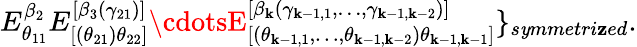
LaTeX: E_{\theta_{11}}^{\beta_{2}}E_{[(\theta_{21})\theta_{22}]}^{[\beta_{3}(\gamma_{21})]}\cdotsE_{[(\theta_{\mathbf{k}-1,1},\ldots,\theta_{\mathbf{k}-1,\mathbf{k}-2})\theta_{\mathbf{k}-1,\mathbf{k}-1}]}^{[\beta_{\mathbf{k}}(\gamma_{\mathbf{k}-1,1},\ldots,\gamma_{\mathbf{k}-1,\mathbf{k}-2})]}\} _{s\mathit{y}mmetri\mathbf{z}ed}.